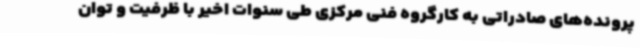
پرونده‌های صادراتی به کارگروه فنی مرکزی طی سنوات اخیر با ظرفیت و توان